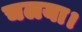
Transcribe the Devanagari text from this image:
चलया।